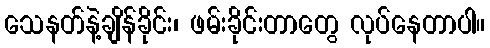
သေနတ်နဲ့ချိန်ခိုင်း၊ ဖမ်းခိုင်းတာတွေ လုပ်နေတာပါ။